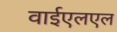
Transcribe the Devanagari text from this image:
वाईएलएल